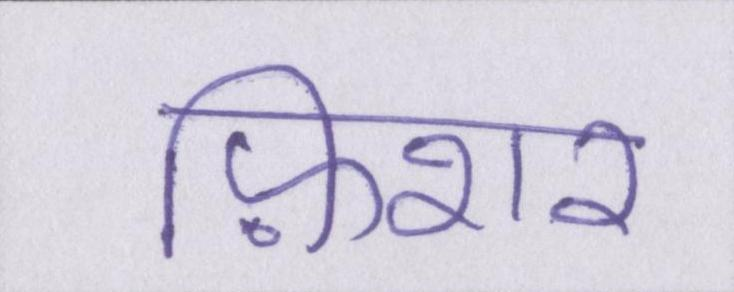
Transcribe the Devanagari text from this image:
फ़िशर